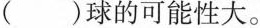
( )球的可能性大。